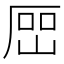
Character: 𡸡